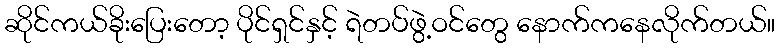
ဆိုင်ကယ်ခိုးပြေးတော့ ပိုင်ရှင်နှင့် ရဲတပ်ဖွဲ့ဝင်တွေ နောက်ကနေလိုက်တယ်။